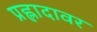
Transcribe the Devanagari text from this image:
प्रह्लादावर